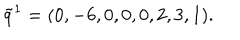
LaTeX: \tilde { q } ^ { 1 } = ( 0 , - 6 , 0 , 0 , 0 , 2 , 3 , 1 ) .